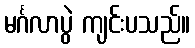
မင်္ဂလာပွဲ ကျင်းပသည်။